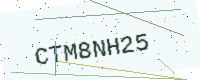
Text: CTM8NH25